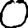
Digit: 0